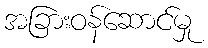
အခြားဝန်ဆောင်မှု